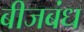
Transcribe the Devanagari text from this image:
बीजबंध